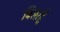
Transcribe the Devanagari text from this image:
बिसरहूँ